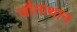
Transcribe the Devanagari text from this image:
जौनाथान